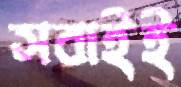
সবাইই